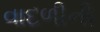
વાદળીની